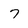
Character: 7